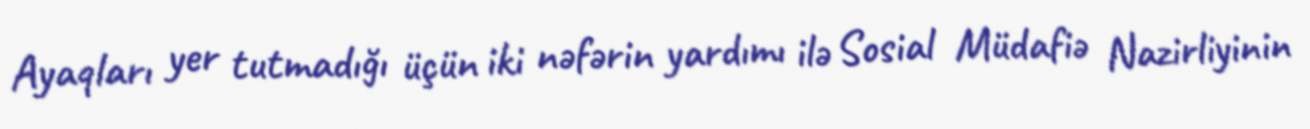
Ayaqları yer tutmadığı üçün iki nəfərin yardımı ilə Sosial Müdafiə Nazirliyinin